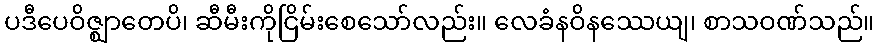
ပဒီပေဝိဇ္ဈာတေပိ၊ ဆီမီးကိုငြိမ်းစေသော်လည်း။ လေခံနဝိနဿေယျ၊ စာသဝဏ်သည်။